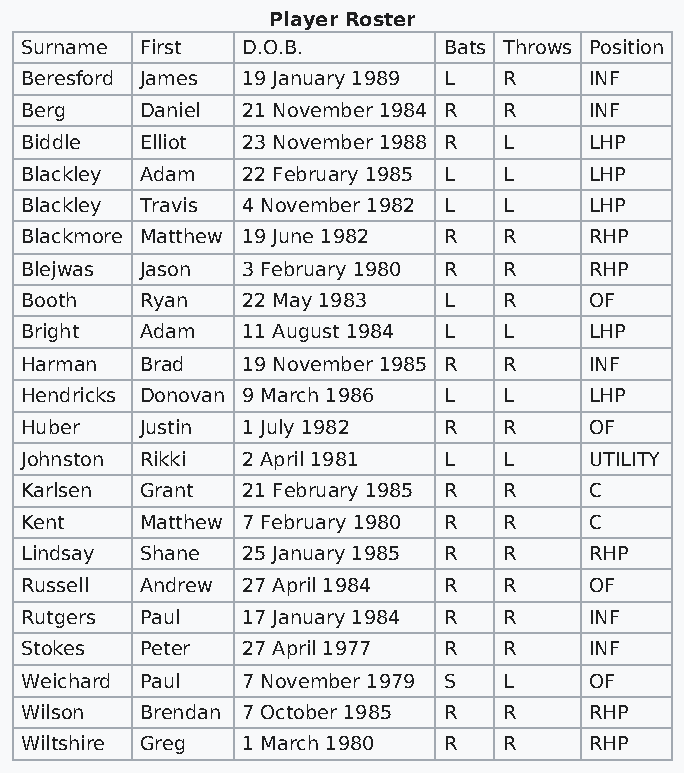
Player Roster
 Surname First  D.O.B.       Bats Throws Position
 Beresford James 19 January 1989 L R   INF
 Berg    Daniel 21 November 1984 R R   INF
 Biddle  Elliot 23 November 1988 R L   LHP
 Blackley Adam  22 February 1985 L L   LHP
 Blackley Travis 4 November 1982 L L   LHP
 Blackmore Matthew 19 June 1982 R R    RHP
 Blejwas Jason  3 February 1980 R R    RHP
 Booth   Ryan   22 May 1983  L   R     OF
 Bright  Adam   11 August 1984 L L     LHP
 Harman  Brad   19 November 1985 R R   INF
 Hendricks Donovan 9 March 1986 L L    LHP
 Huber   Justin 1 July 1982  R   R     OF
 Johnston Rikki 2 April 1981 L   L     UTILITY
 Karlsen Grant  21 February 1985 R R   C
 Kent    Matthew 7 February 1980 R R   C
 Lindsay Shane  25 January 1985 R R    RHP
 Russell Andrew 27 April 1984 R  R     OF
 Rutgers Paul   17 January 1984 R R    INF
 Stokes  Peter  27 April 1977 R  R     INF
 Weichard Paul  7 November 1979 S L    OF
 Wilson  Brendan 7 October 1985 R R    RHP
 Wiltshire Greg 1 March 1980 R   R     RHP